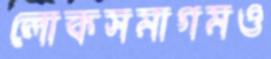
লোকসমাগমও